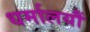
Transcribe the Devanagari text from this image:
धर्मालयौं